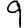
Digit: 9